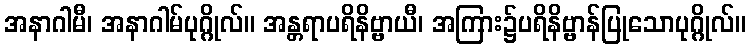
အနာဂါမီ၊ အနာဂါမ်ပုဂ္ဂိုလ်။ အန္တရာပရိနိဗ္ဗာယီ၊ အကြား၌ပရိနိဗ္ဗာန်ပြုသောပုဂ္ဂိုလ်။